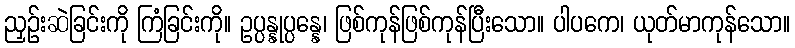
ညှဉ်းဆဲခြင်းကို ကြံခြင်းကို။ ဥပ္ပန္နုပ္ပန္နေ၊ ဖြစ်ကုန်ဖြစ်ကုန်ပြီးသော။ ပါပကေ၊ ယုတ်မာကုန်သော။